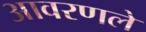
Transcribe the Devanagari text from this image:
आवरणले